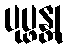
ပုပ္ဖန္တု